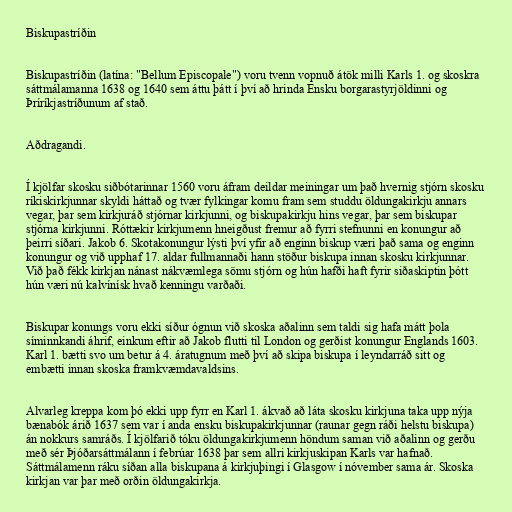
Biskupastríðin

Biskupastríðin (latína: "Bellum Episcopale") voru tvenn vopnuð átök milli Karls 1. og skoskra
sáttmálamanna 1638 og 1640 sem áttu þátt í því að hrinda Ensku borgarastyrjöldinni og
Þríríkjastríðunum af stað.

Aðdragandi.

Í kjölfar skosku siðbótarinnar 1560 voru áfram deildar meiningar um það hvernig stjórn skosku
ríkiskirkjunnar skyldi háttað og tvær fylkingar komu fram sem studdu öldungakirkju annars
vegar, þar sem kirkjuráð stjórnar kirkjunni, og biskupakirkju hins vegar, þar sem biskupar
stjórna kirkjunni. Róttækir kirkjumenn hneigðust fremur að fyrri stefnunni en konungur að
þeirri síðari. Jakob 6. Skotakonungur lýsti því yfir að enginn biskup væri það sama og enginn
konungur og við upphaf 17. aldar fullmannaði hann stöður biskupa innan skosku kirkjunnar.
Við það fékk kirkjan nánast nákvæmlega sömu stjórn og hún hafði haft fyrir siðaskiptin þótt
hún væri nú kalvínísk hvað kenningu varðaði.

Biskupar konungs voru ekki síður ógnun við skoska aðalinn sem taldi sig hafa mátt þola
síminnkandi áhrif, einkum eftir að Jakob flutti til London og gerðist konungur Englands 1603.
Karl 1. bætti svo um betur á 4. áratugnum með því að skipa biskupa í leyndarráð sitt og
embætti innan skoska framkvæmdavaldsins.

Alvarleg kreppa kom þó ekki upp fyrr en Karl 1. ákvað að láta skosku kirkjuna taka upp nýja
bænabók árið 1637 sem var í anda ensku biskupakirkjunnar (raunar gegn ráði helstu biskupa)
án nokkurs samráðs. Í kjölfarið tóku öldungakirkjumenn höndum saman við aðalinn og gerðu
með sér Þjóðarsáttmálann í febrúar 1638 þar sem allri kirkjuskipan Karls var hafnað.
Sáttmálamenn ráku síðan alla biskupana á kirkjuþingi í Glasgow í nóvember sama ár. Skoska
kirkjan var þar með orðin öldungakirkja.